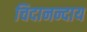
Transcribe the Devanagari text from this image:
चिदानन्दाय